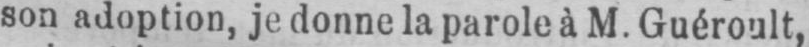
son adoption, je donne la parole à M. Guéroult,